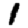
Digit: 1